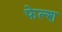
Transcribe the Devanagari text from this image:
फेल्श